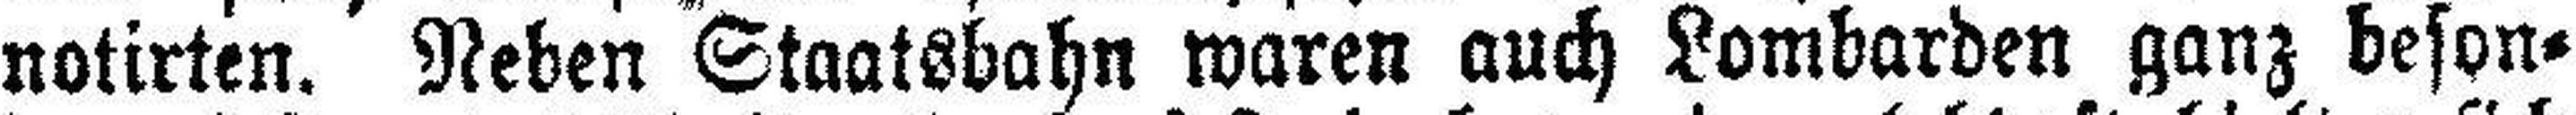
notirten. Neben Staatsbahn waren auch Lombarden ganz beson¬